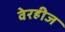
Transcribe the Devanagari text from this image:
वेरहीज